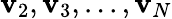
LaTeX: \mathbf{v}_{2},\mathbf{v}_{3},...,\mathbf{v}_{N}